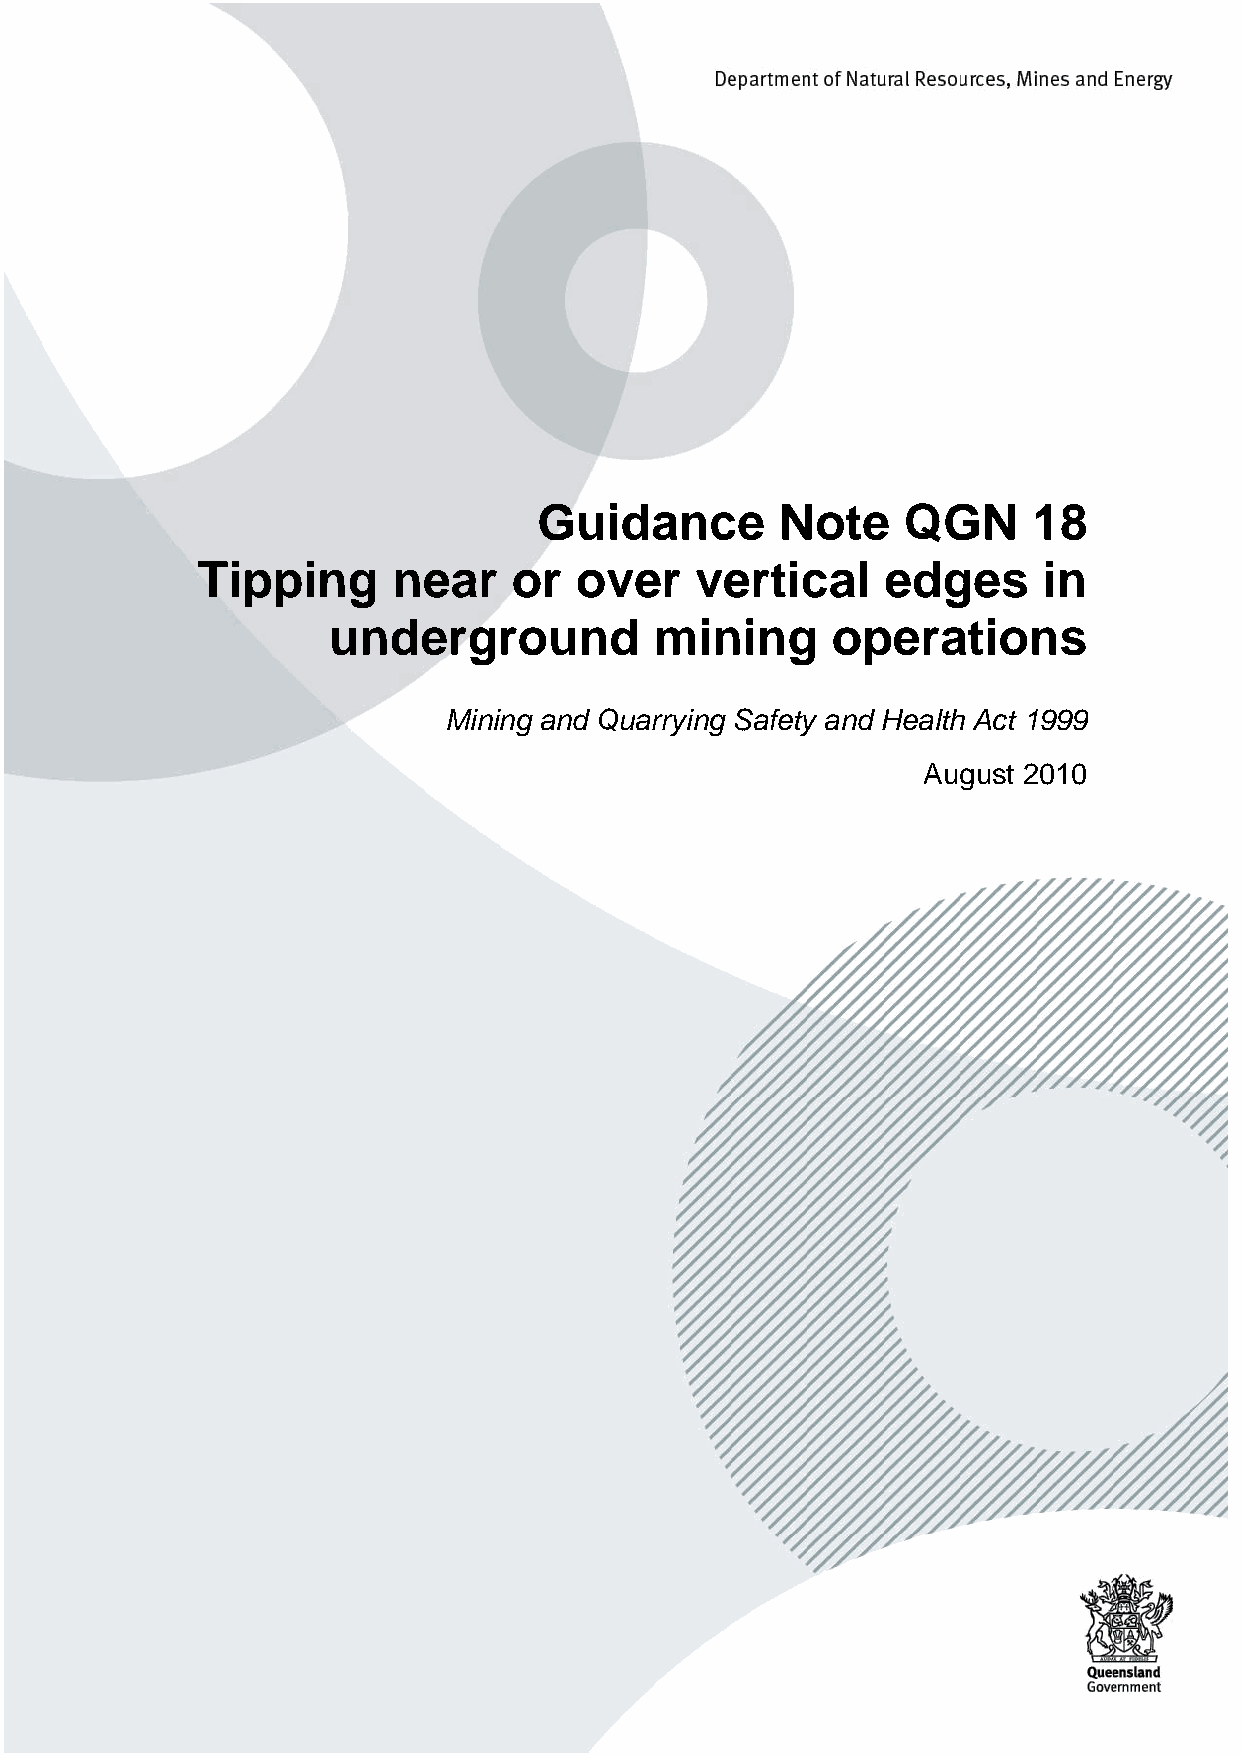
n
 o
 ti
 a
 v
 o
 n
 n
 d
 I
 n
 a
 t
 n
 e
 m
 p
 o
 el
 v
 e
 D
 c
 mi
 o
 n
 o
 c
 E
 t,
 n
 e
 m
 y
 o                                 Guidance        Note    QGN     18
 pl
 m
 E          Tipping      near    or  over    vertical     edges     in
 of
 nt
 e                   underground          mining      operations
 m
 rt
 a
 p
 e
 D
 Mining and Quarrying Safety and Health Act 1999
 August 2010